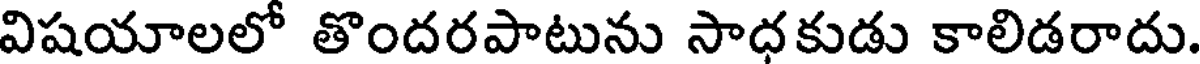
విషయాలలో తొందరపాటును సాధకుడు కాలిడరాదు.